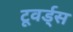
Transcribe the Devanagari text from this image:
टूवर्ड्स